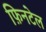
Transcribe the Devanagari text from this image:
फ़िनटेल